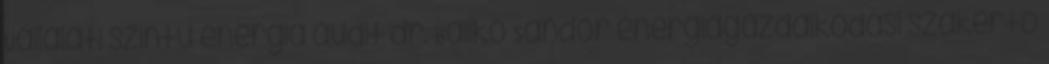
Vállalati szintű energia audit dr. Balikó Sándor energiagazdálkodási szakértő